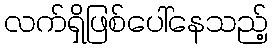
လက်ရှိဖြစ်ပေါ်နေသည့်